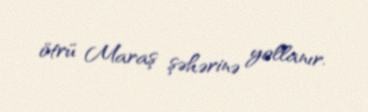
ötrü Maraş şəhərinə yollanır.